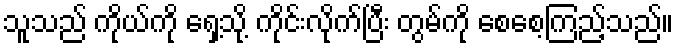
သူသည် ကိုယ်ကို ရှေ့သို့ ကိုင်းလိုက်ပြီး တွမ်ကို စေစေ့ကြည့်သည်။